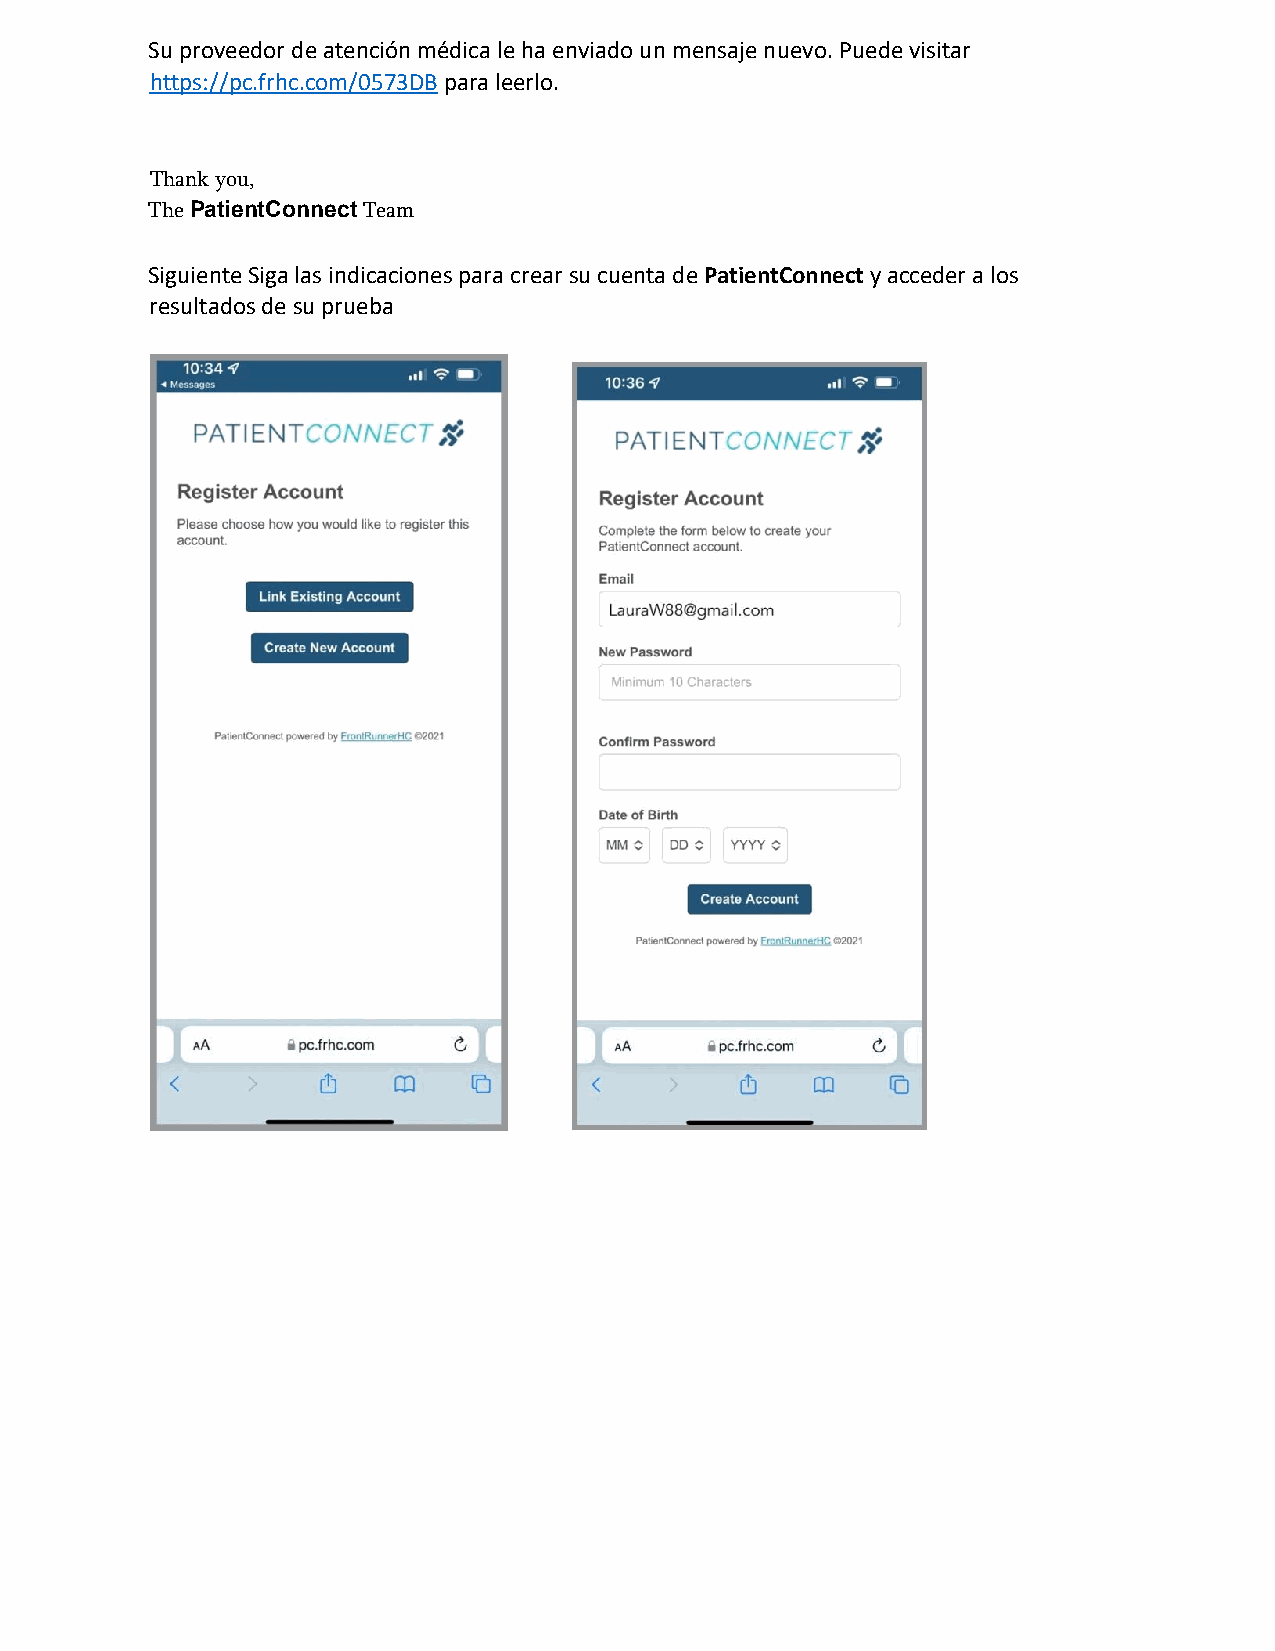
Su proveedor de atención médica le ha enviado un mensaje nuevo. Puede visitar
 https://pc.frhc.com/0573DB para leerlo.
 Thank you,
 The PatientConnect Team
 Siguiente Siga las indicaciones para crear su cuenta de PatientConnect y acceder a los
 resultados de su prueba